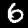
Label: 6